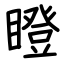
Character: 瞪